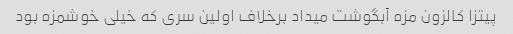
پیتزا کالزون مزه آبگوشت میداد برخلاف اولین سری که خیلی خوشمزه بود